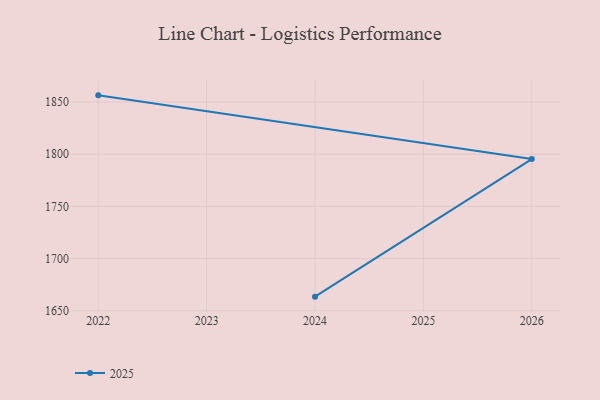
{"axis": {"x": "Year", "y": "Active Users"}, "legend": ["2025"], "data": [{"x": "2024", "y": 1663.5, "type": "2025"}, {"x": "2026", "y": 1795.3, "type": "2025"}, {"x": "2022", "y": 1856.4, "type": "2025"}]}